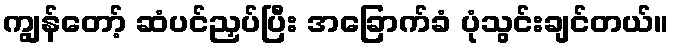
ကျွန်တော့် ဆံပင်ညှပ်ပြီး အခြောက်ခံ ပုံသွင်းချင်တယ်။